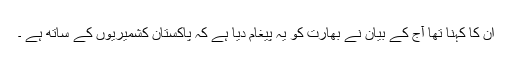
ان کا کہنا تھا آج کے بیان نے بھارت کو یہ پیغام دیا ہے کہ پاکستان کشمیریوں کے ساتھ ہے ۔